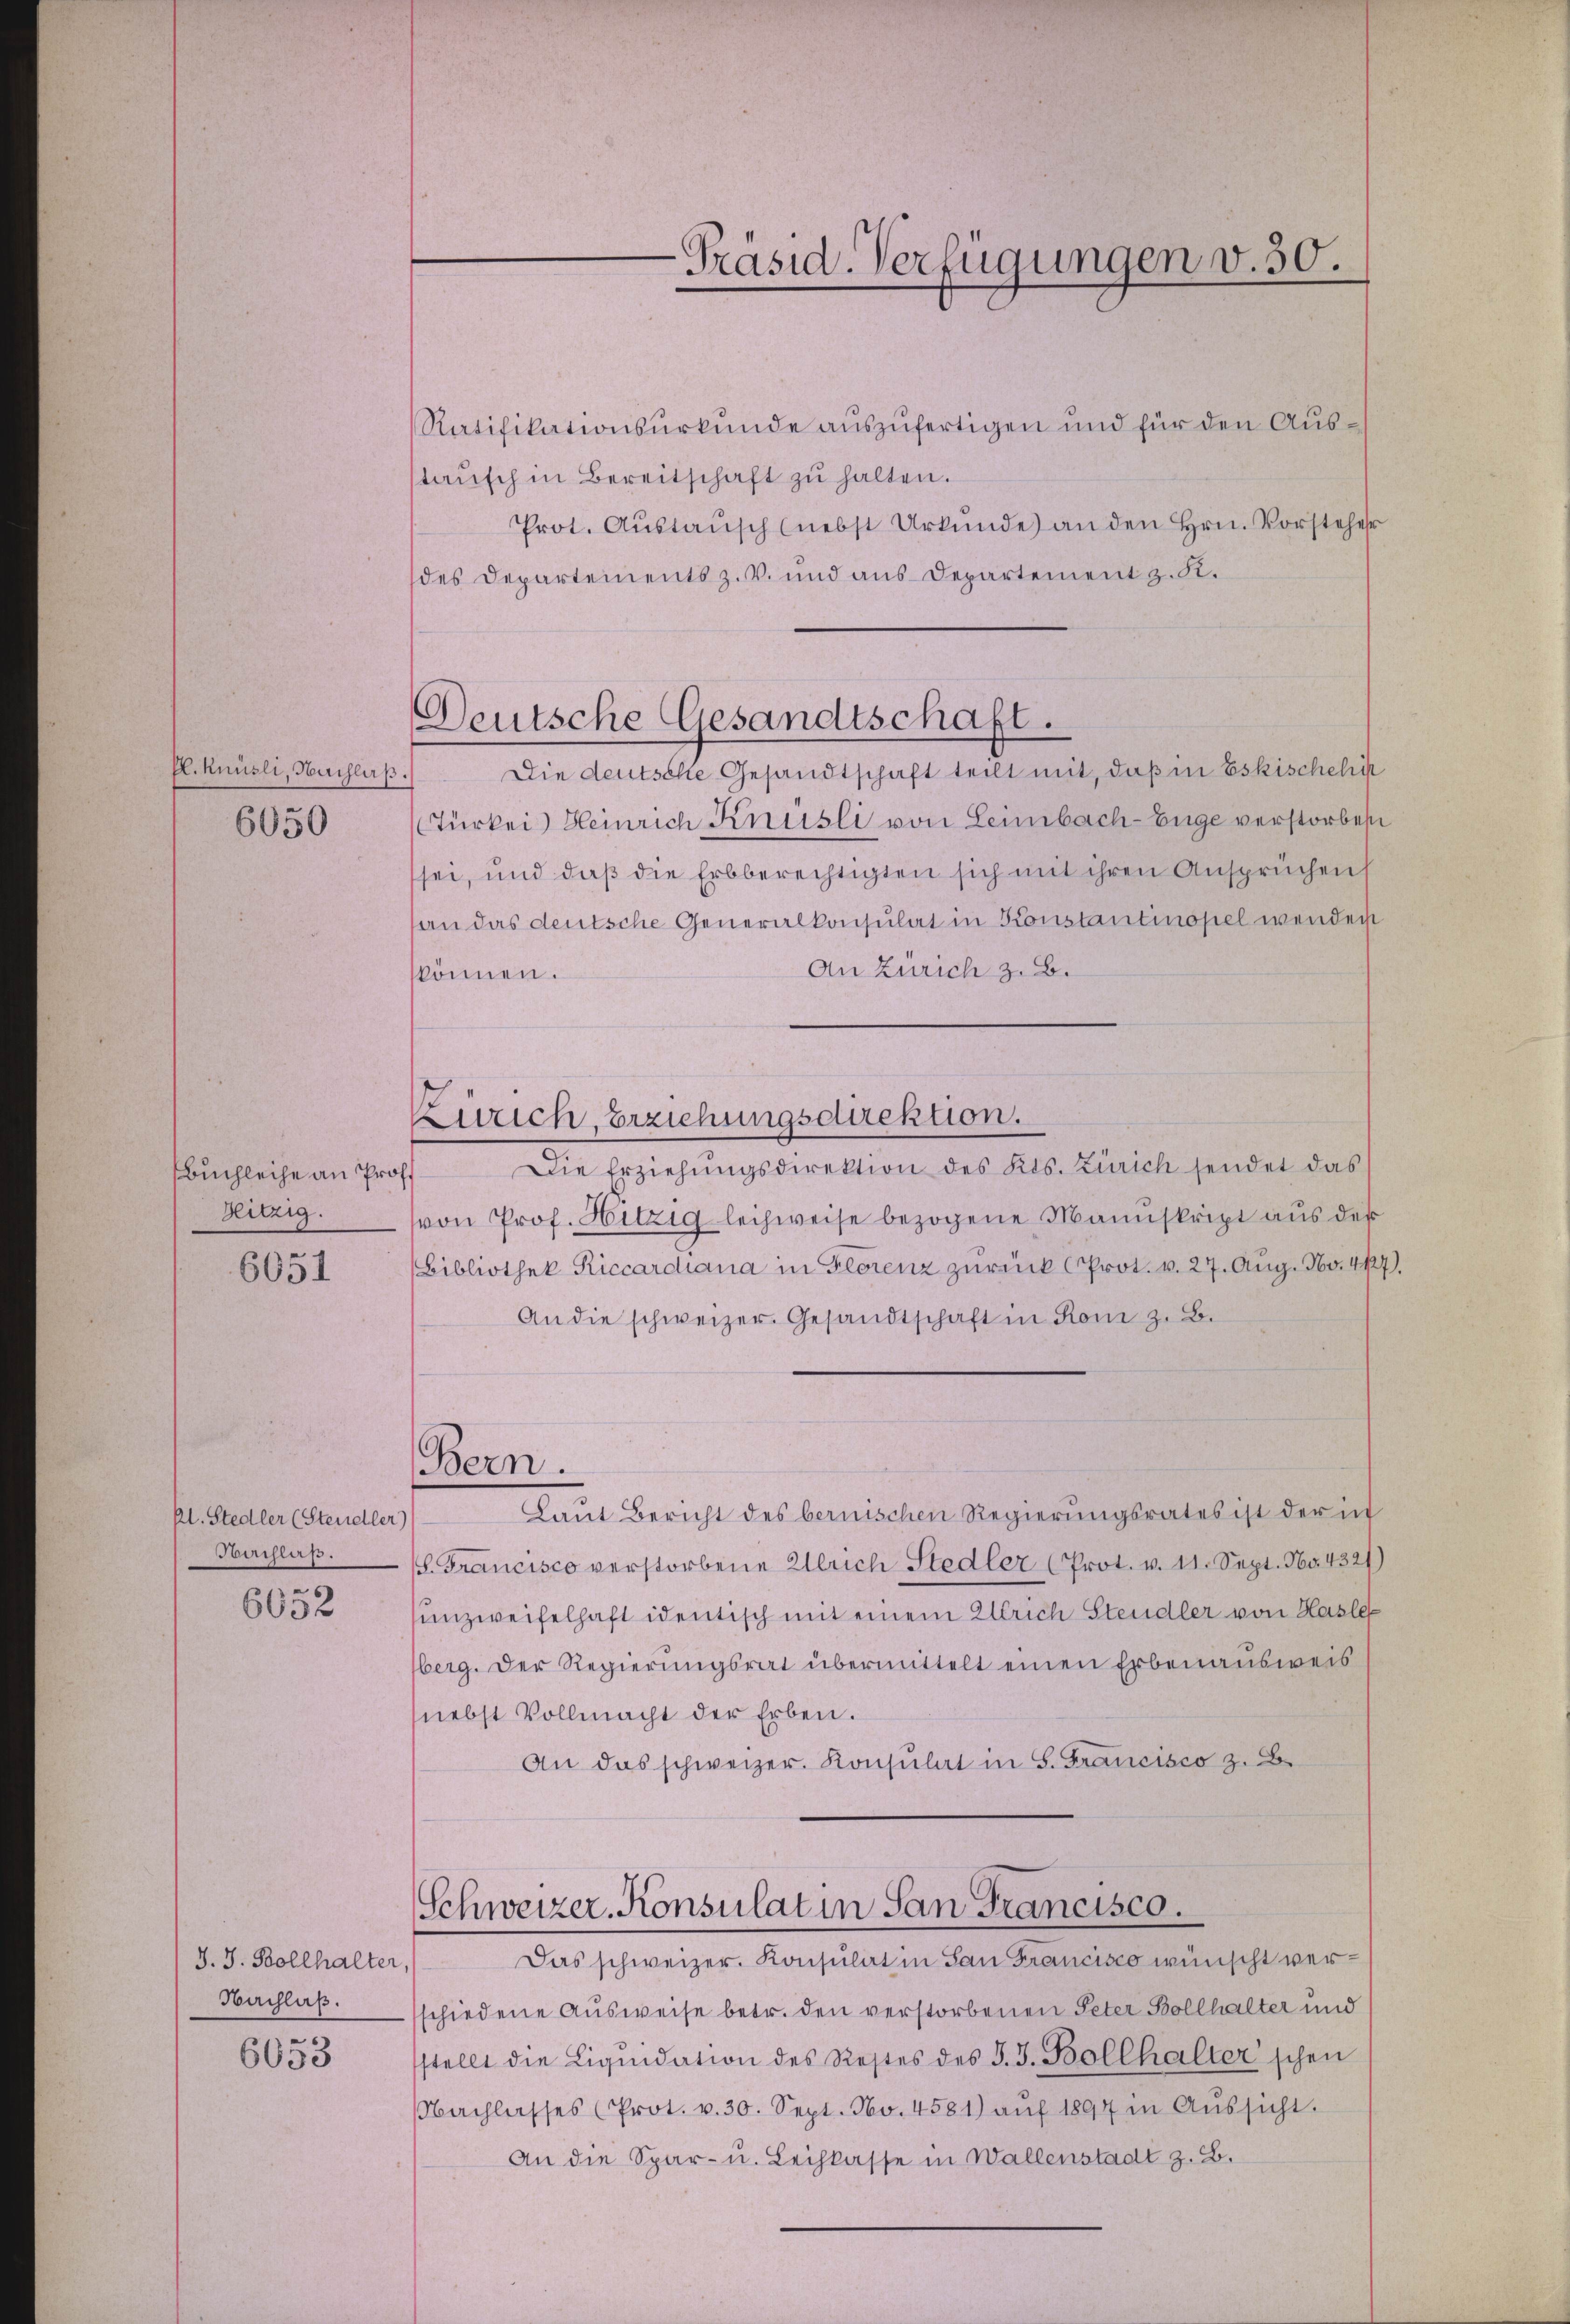
Pl. Knüsli, Nachlaß.
6050

Buchleihe an Prof.

6651

Pl. Stedler (Steudler)
Baifluß.
6652

J. J. Bollhalter,
6053

Deutsche Gesandtschaft.

-Präsid. Verfügungen v. 50.

Ratifikationsurkunde auszufertigen und für den Ausstaŭsch in Bereitschaft zu halten.
Prot. Aŭstaŭsch (nebst Urkŭnde) an den Hrn. Vorstehe
des Departements z. v. und aus Departement z. K.
Die deutsche Gesandtschaft teilt mit, daß in Eskischehi
Türkei Heinrich Knüsli von Leimbach-Enge verstorbest
sei, und daß die Erbberechtigten sich mit ihren Ansprüchens
an das deutsche Generalkonsulat in Konstantinopel wendert
An Zürich z. B.
können.
Die Erziehŭngsdirektion des Kts. Zürich sendet das
Heitzig. von Prof. Hitzig leihweise bezogene Mannskript aus des
Bibliothek Riccardiana in Florenz zurück (Prot. v. 27. Aug. No. 44.
An die schweizer. Gesandtschaft in Rom z. B.
Bern.
Laŭt Bericht des bernischen Regierŭngsrates ist der in
s. Francisco verstorbene Ulrich Stedler (Prot. v. 11. Sept. No. 4321
unzweifelhaft identisch mit einem Ulrich Steudler von Hasle
berg. Der Regierungsrat übermittelt einen Erbenausweis
nebst Vollmacht der Erben.
An das schweizer. Konsulat in S. Francisco z. B.
Schweizer-Konsulat in San Francisco.
Das schweizer. Konsulat in San Francisco wünscht ver¬
Nachlaβ. schiedene Ausweise betr. den verstorbenen Peter Bollhalter und
stellt die Liqŭidation des Restes des J. J. Bollhalter'schen
Nachlasses (Prot. v. 30. Sept. No. 4581) aŭf 1894 in Aŭssicht.
An die Spar- u. Leihkasse in Wallenstadt z. B.

Zürich, Erziehungsdirektion.

27.